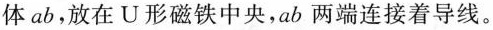
体 ab，放在 U 形磁铁中央，ab 两端连接着导线。